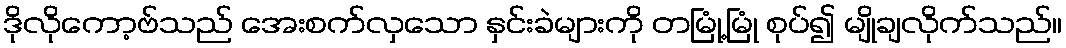
ဒိုလိုကော့ဗ်သည် အေးစက်လှသော နှင်းခဲများကို တမြုံ့မြုံ စုပ်၍ မျိုချလိုက်သည်။